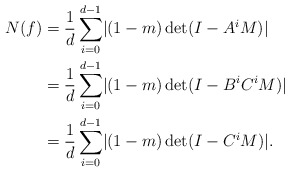
\begin{align*} N(f)&=\frac{1}{d}\sum_{i=0}^{d-1} \lvert (1-m)\det(I-A^i M)\rvert\\ &=\frac{1}{d}\sum_{i=0}^{d-1} \lvert (1-m)\det(I-B^iC^i M)\rvert\\ &=\frac{1}{d}\sum_{i=0}^{d-1} \lvert (1-m)\det(I-C^i M)\rvert.\end{align*}